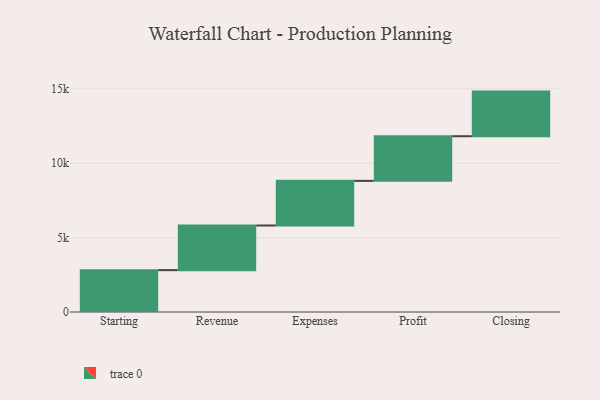
{"axis": {"x": "Step", "y": "Value"}, "legend": [""], "data": [{"x": "Starting", "y": 2814.0, "type": ""}, {"x": "Revenue", "y": 3000, "type": ""}, {"x": "Expenses", "y": 3000, "type": ""}, {"x": "Profit", "y": 3000, "type": ""}, {"x": "Closing", "y": 3000, "type": ""}]}